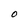
Character: O